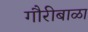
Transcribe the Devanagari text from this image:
गौरीबाळा